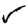
Digit: 5